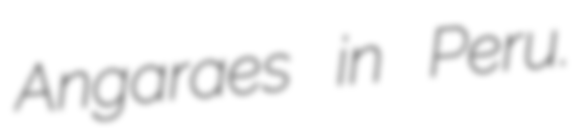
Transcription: Angaraes in Peru.